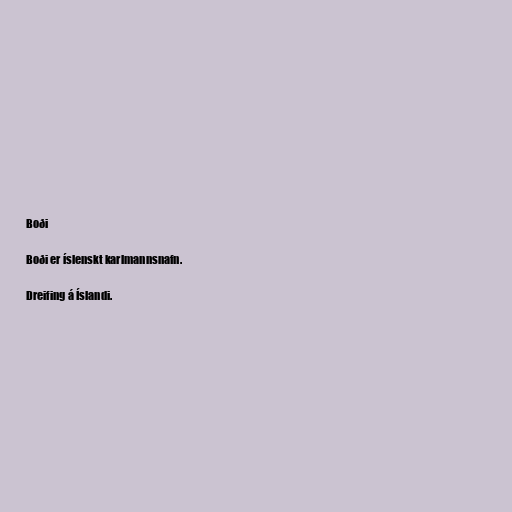
Boði

Boði er íslenskt karlmannsnafn.

Dreifing á Íslandi.